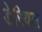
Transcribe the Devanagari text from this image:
डेरियल